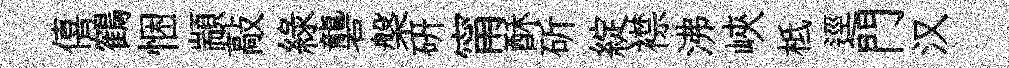
僖鶴悃顓敲綠礱槃硏甯酥斫綻襟沸峽柢逕門汉